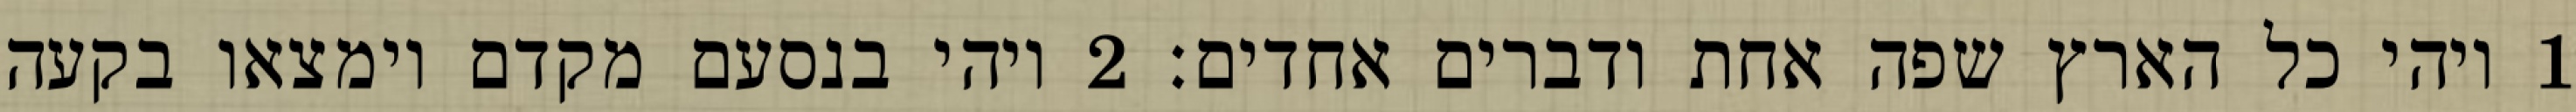
1 ויהי כל הארץ שפה אחת ודברים אחדים׃ ‎2‏ ויהי בנסעם מקדם וימצאו בקעה